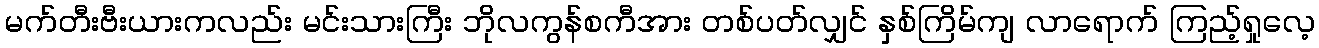
မက်တီးဗီးယားကလည်း မင်းသားကြီး ဘိုလကွန်စကီအား တစ်ပတ်လျှင် နှစ်ကြိမ်ကျ လာရောက် ကြည့်ရှုလေ့